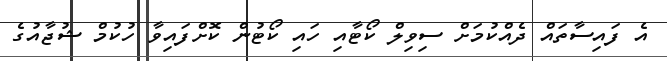
އެ ފައިސާތައް ދެއްކުމަށް ސިވިލް ކޯޓާއި ހައި ކޯޓުން ކޮށްފައިވާ ހުކުމް ޝުޖާއުގެ